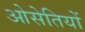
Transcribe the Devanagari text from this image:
ओसेतियों